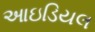
આઇડિયલ